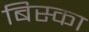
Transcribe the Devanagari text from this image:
बिस्का